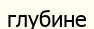
глубине